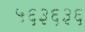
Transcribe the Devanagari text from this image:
५६३६३६